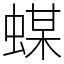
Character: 䗋